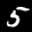
Label: 5